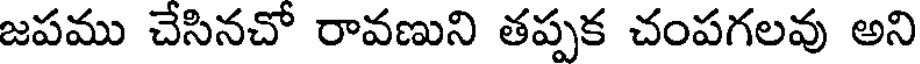
జపము చేసినచో రావణుని తప్పక చంపగలవు అని